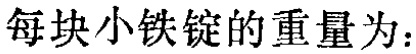
每块小铁锭的重量为：